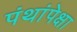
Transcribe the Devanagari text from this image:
पंथांपेक्षा